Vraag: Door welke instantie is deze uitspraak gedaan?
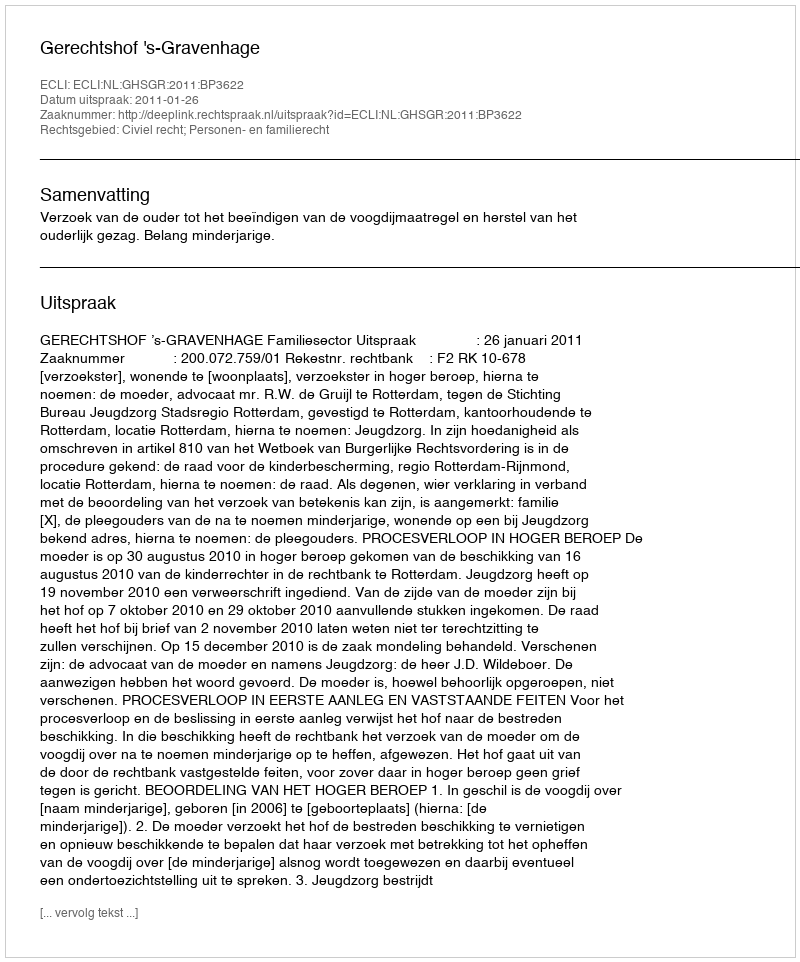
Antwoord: Gerechtshof 's-Gravenhage